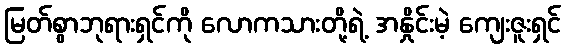
မြတ်စွာဘုရားရှင်ကို လောကသားတို့ရဲ့ အနှိုင်းမဲ့ ကျေးဇူးရှင်